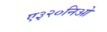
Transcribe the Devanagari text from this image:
ए३२०निओ